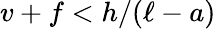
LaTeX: v+f<h/(\ell-a)